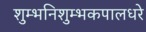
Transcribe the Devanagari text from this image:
शुम्भनिशुम्भकपालधरे